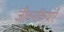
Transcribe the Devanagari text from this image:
जीवनक्रियाएँ